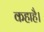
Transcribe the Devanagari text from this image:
कहाहै।